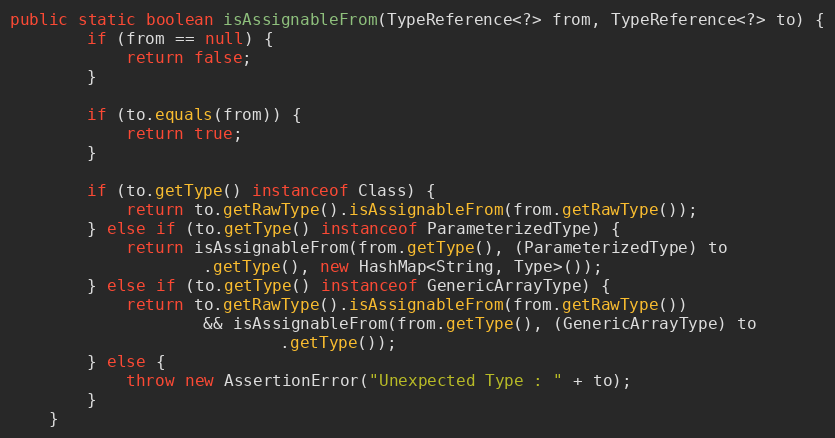
Language: Java
public static boolean isAssignableFrom(TypeReference<?> from, TypeReference<?> to) {
		if (from == null) {
			return false;
		}

		if (to.equals(from)) {
			return true;
		}

		if (to.getType() instanceof Class) {
			return to.getRawType().isAssignableFrom(from.getRawType());
		} else if (to.getType() instanceof ParameterizedType) {
			return isAssignableFrom(from.getType(), (ParameterizedType) to
					.getType(), new HashMap<String, Type>());
		} else if (to.getType() instanceof GenericArrayType) {
			return to.getRawType().isAssignableFrom(from.getRawType())
					&& isAssignableFrom(from.getType(), (GenericArrayType) to
							.getType());
		} else {
			throw new AssertionError("Unexpected Type : " + to);
		}
	}